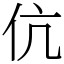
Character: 伉